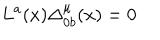
LaTeX: L ^ { a } ( x ) \Delta _ { 0 b } ^ { \mu } ( x ) = 0 \,